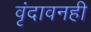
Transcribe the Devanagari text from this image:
वृंदावनही